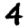
Digit: 4